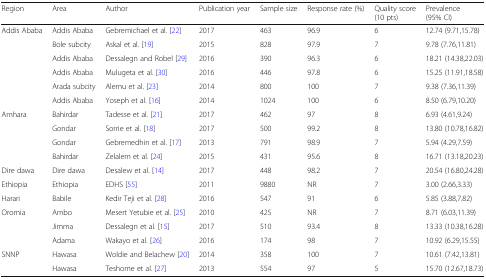
<table><thead><tr><td><b>Region</b></td><td><b>Area</b></td><td><b>Author</b></td><td><b>Publication year</b></td><td><b>Sample size</b></td><td><b>Response rate (%)</b></td><td><b>Quality score (10 pts)</b></td><td><b>Prevalence (95% CI)</b></td></tr></thead><tbody><tr><td>Addis Ababa</td><td>Addis Ababa</td><td>Gebremichael et al. [22]</td><td>2017</td><td>463</td><td>96.9</td><td>6</td><td>12.74 (9.71,15.78)</td></tr><tr><td></td><td>Bole subcity</td><td>Askal et al. [19]</td><td>2015</td><td>828</td><td>97.9</td><td>7</td><td>9.78 (7.76,11.81)</td></tr><tr><td></td><td>Addis Ababa</td><td>Dessalegn and Robel [29]</td><td>2016</td><td>390</td><td>96.3</td><td>6</td><td>18.21 (14.38,22.03)</td></tr><tr><td></td><td>Addis Ababa</td><td>Mulugeta et al. [30]</td><td>2016</td><td>446</td><td>97.8</td><td>6</td><td>15.25 (11.91,18.58)</td></tr><tr><td></td><td>Arada subcity</td><td>Alemu et al. [23]</td><td>2014</td><td>800</td><td>100</td><td>7</td><td>9.38 (7.36,11.39)</td></tr><tr><td></td><td>Addis Ababa</td><td>Yoseph et al. [16]</td><td>2014</td><td>1024</td><td>100</td><td>6</td><td>8.50 (6.79,10.20)</td></tr><tr><td>Amhara</td><td>Bahirdar</td><td>Tadesse et al. [21]</td><td>2017</td><td>462</td><td>97</td><td>8</td><td>6.93 (4.61,9.24)</td></tr><tr><td></td><td>Gondar</td><td>Sorrie et al. [18]</td><td>2017</td><td>500</td><td>99.2</td><td>8</td><td>13.80 (10.78,16.82)</td></tr><tr><td></td><td>Gondar</td><td>Gebremedhin et al. [17]</td><td>2013</td><td>791</td><td>98.9</td><td>7</td><td>5.94 (4.29,7.59)</td></tr><tr><td></td><td>Bahirdar</td><td>Zelalem et al. [24]</td><td>2015</td><td>431</td><td>95.6</td><td>8</td><td>16.71 (13.18,20.23)</td></tr><tr><td>Dire dawa</td><td>Dire dawa</td><td>Desalew et al. [14]</td><td>2017</td><td>448</td><td>98.2</td><td>7</td><td>20.54 (16.80,24.28)</td></tr><tr><td>Ethiopia</td><td>Ethiopia</td><td>EDHS [55]</td><td>2011</td><td>9880</td><td>NR</td><td>7</td><td>3.00 (2.66,3.33)</td></tr><tr><td>Harari</td><td>Babile</td><td>Kedir Teji et al. [28]</td><td>2016</td><td>547</td><td>91</td><td>6</td><td>5.85 (3.88,7.82)</td></tr><tr><td>Oromia</td><td>Ambo</td><td>Mesert Yetubie et al. [25]</td><td>2010</td><td>425</td><td>NR</td><td>7</td><td>8.71 (6.03,11.39)</td></tr><tr><td></td><td>Jimma</td><td>Dessalegn et al. [15]</td><td>2017</td><td>510</td><td>93.4</td><td>8</td><td>13.33 (10.38,16.28)</td></tr><tr><td></td><td>Adama</td><td>Wakayo et al. [26]</td><td>2016</td><td>174</td><td>98</td><td>7</td><td>10.92 (6.29,15.55)</td></tr><tr><td>SNNP</td><td>Hawasa</td><td>Woldie and Belachew [20]</td><td>2014</td><td>358</td><td>100</td><td>7</td><td>10.61 (7.42,13.81)</td></tr><tr><td></td><td>Hawasa</td><td>Teshome et al. [27]</td><td>2013</td><td>554</td><td>97</td><td>5</td><td>15.70 (12.67,18.73)</td></tr></tbody></table>